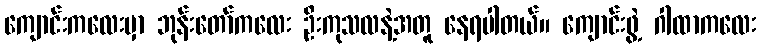
ကျောင်းကလေးမှာ ဘုန်းတော်ကလေး ဦးကုသလနဲ့အတူ နေရပါတယ်။ ကျောင်းဖွဲ့ ဂါထာကလေး